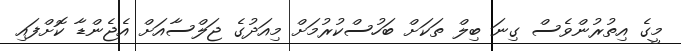
މީގެ އިތުރުންވެސް ގިނަ ބިލް ތަކަށް ބަހުސްކުރުމަށް މިއަދުގެ ޖަލްސާއަށް އެޖެންޑާ ކޮށްފައި